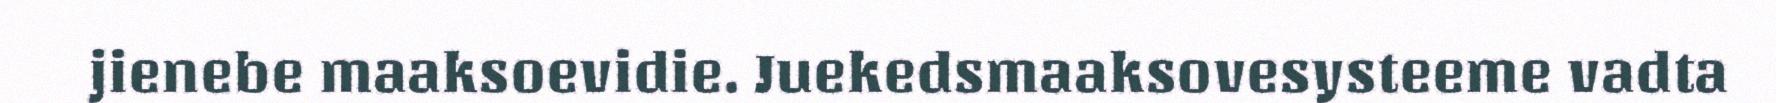
jienebe maaksoevidie. Juekedsmaaksovesysteeme vadta